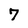
Character: 7